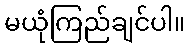
မယုံကြည်ချင်ပါ။